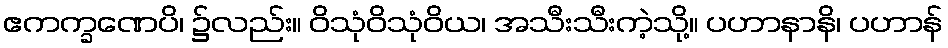
ဧကက္ခဏေပိ၊ ၌လည်း။ ဝိသုံဝိသုံဝိယ၊ အသီးသီးကဲ့သို့။ ပဟာနာနိ၊ ပဟာန်